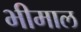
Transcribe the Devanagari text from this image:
भीमाल